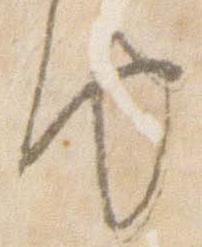
由